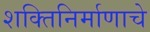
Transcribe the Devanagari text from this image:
शक्तिनिर्माणाचे